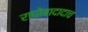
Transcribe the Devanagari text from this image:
राघोबादादाच